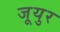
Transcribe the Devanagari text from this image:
जूयुर